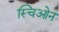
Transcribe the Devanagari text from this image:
स्चिओन